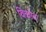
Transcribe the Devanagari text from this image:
विकोड